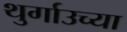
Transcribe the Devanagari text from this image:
थुर्गाउच्या